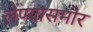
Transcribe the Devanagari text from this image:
लेण्यासमोर